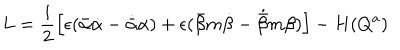
L = \frac { i } { 2 } \left[ \epsilon ( { \bar { \alpha } } \dot { \alpha } - \dot { \bar { \alpha } } \alpha ) + \epsilon ( { \bar { \beta } } m \dot { \beta } - \dot { \bar { \beta } } m \beta ) \right] - H ( Q ^ { a } )